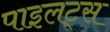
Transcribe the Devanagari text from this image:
पाइलट्स